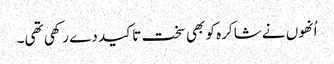
اُنھوں نے شاکرہ کو بھی سخت تاکید دے رکھی تھی۔